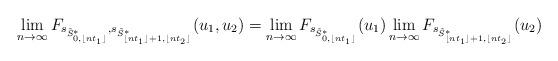
LaTeX: \begin{align*}\lim_{n\to\infty}F_{s_{\tilde S^*_{0,\lfloor nt_1\rfloor}},s_{\tilde S^*_{\lfloor nt_1\rfloor+1,\lfloor nt_2\rfloor}}}(u_1,u_2)=\lim_{n\to\infty}F_{s_{\tilde S^*_{0,\lfloor nt_1\rfloor}}}(u_1)\lim_{n\to\infty}F_{s_{\tilde S^*_{{\lfloor nt_1\rfloor}+1,\lfloor nt_2\rfloor}}}(u_2)\end{align*}